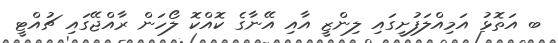
ބ އަތޮޅު އަމިއްލަފުށީގައި ލިންޒީ އާއި އޭނާގެ ކޮއްކޮ ލޯހަން ރާއްޖޭގައި ޗުއްޓީ